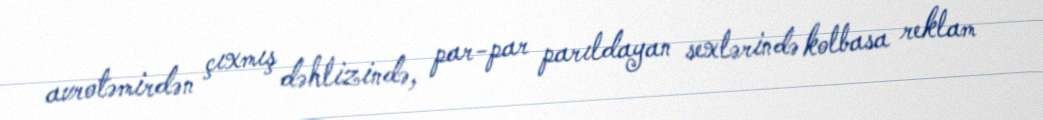
avrotəmirdən çıxmış dəhlizində, par-par parıldayan sexlərində kolbasa reklam